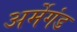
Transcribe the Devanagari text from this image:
अर्मेगंड